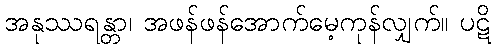
အနုဿရန္တာ၊ အဖန်ဖန်အောက်မေ့ကုန်လျှက်။ ပဋိ